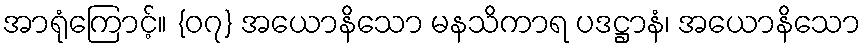
အာရုံကြောင့်။ {၀၇} အယောနိသော မနသိကာရ ပဒဋ္ဌာနံ၊ အယောနိသော